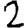
Digit: 2